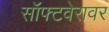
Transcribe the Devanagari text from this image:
सॉफ्टवेरावर